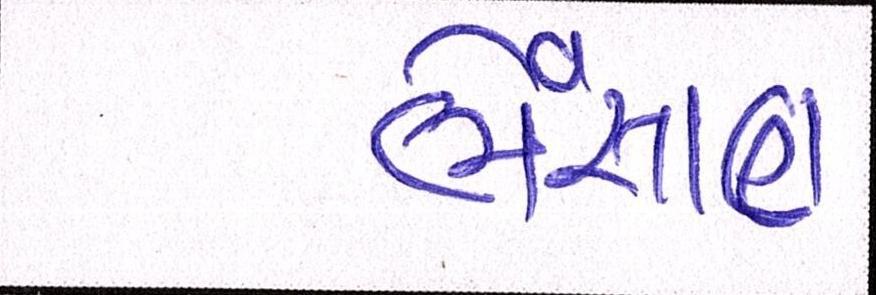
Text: ભેંસાણ